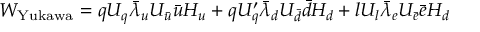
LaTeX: { W } _ { \mathrm { Y u k a w a } } = q U _ { q } \bar { \lambda } _ { u } U _ { \bar { u } } \bar { u } H _ { u } + q U _ { q } ^ { \prime } \bar { \lambda } _ { d } U _ { \bar { d } } \bar { d } H _ { d } + l U _ { l } \bar { \lambda } _ { e } U _ { \bar { e } } \bar { e } H _ { d }